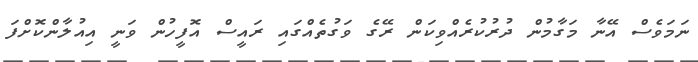
ނަމަވެސް އޭނާ މަގާމުން ދުރުކުރެއްވިކަން ރޭގެ ވަގުތެއްގައި ރައީސް އޮފީހުން ވަނީ އިއުލާންކޮށްފަ